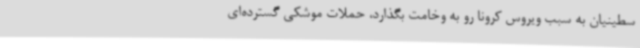
سطینیان به سبب ویروس کرونا رو به وخامت بگذارد، حملات موشکی گسترده‌ای